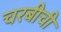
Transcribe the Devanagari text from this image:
चरबीची